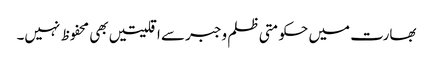
بھارت میں حکومتی ظلم وجبرسے اقلیتیں بھی محفوظ نہیں۔